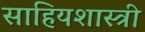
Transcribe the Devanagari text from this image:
साहियशास्त्री